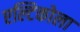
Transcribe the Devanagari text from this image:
एल्टिकोला